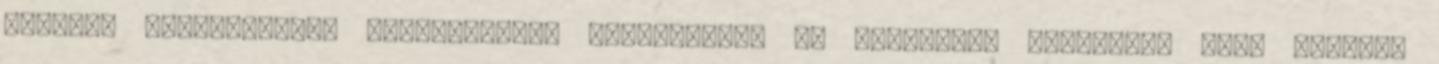
osztrák vöröskereszt felajánlotta segítségét. Az osztrákok várhatóan kora délután